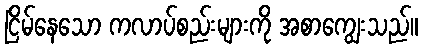
ငြိမ်နေသော ကလာပ်စည်းများကို အစာကျွေးသည်။